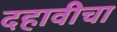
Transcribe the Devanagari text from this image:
दहावीचा